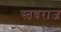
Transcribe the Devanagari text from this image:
स्तवराज